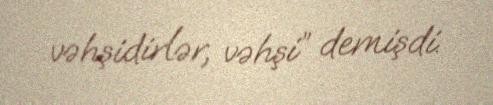
vəhşidirlər, vəhşi” demişdi.